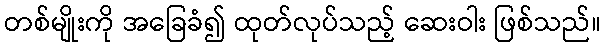
တစ်မျိုးကို အခြေခံ၍ ထုတ်လုပ်သည့် ဆေးဝါး ဖြစ်သည်။